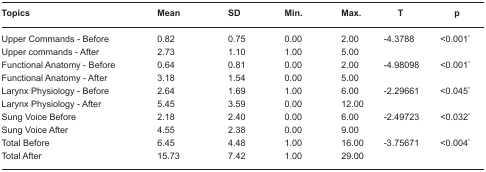
| Topics | Mean | SD | Min. | Max. | T | p |
 | --- | --- | --- | --- | --- | --- | --- |
 | Upper Commands - Before | 0.82 | 0.75 | 0.00 | 2.00 | -4.3788 | <0.001* |
 | Upper commands - After | 2.73 | 1.10 | 1.00 | 5.00 |  |  |
 | Functional Anatomy - Before | 0.64 | 0.81 | 0.00 | 2.00 | -4.98098 | <0.001* |
 | Functional Anatomy - After | 3.18 | 1.54 | 0.00 | 5.00 |  |  |
 | Larynx Physiology - Before | 2.64 | 1.69 | 1.00 | 6.00 | -2.29661 | <0.045* |
 | Larynx Physiology - After | 5.45 | 3.59 | 0.00 | 12.00 |  |  |
 | Sung Voice Before | 2.18 | 2.40 | 0.00 | 6.00 | -2.49723 | <0.032* |
 | Sung Voice After | 4.55 | 2.38 | 0.00 | 9.00 |  |  |
 | Total Before | 6.45 | 4.48 | 1.00 | 16.00 | -3.75671 | <0.004* |
 | Total After | 15.73 | 7.42 | 1.00 | 29.00 |  |  |